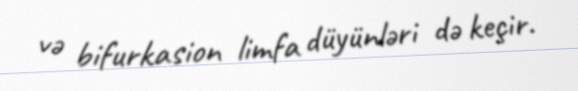
və bifurkasion limfa düyünləri də keçir.